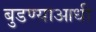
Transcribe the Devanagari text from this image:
बुडण्याआधी